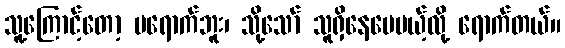
သူ့ကြောင့်တော့ မရောက်ဘူး၊ သို့သော် သူရှိနေပေမယ့်လို့ ရောက်တယ်။